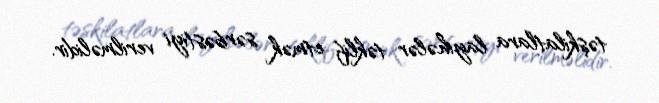
təşkilatlara layihələr təklif etmək sərbəstiyi verilməlidir.